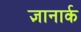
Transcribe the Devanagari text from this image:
ज्ञानार्क